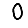
Digit: 0